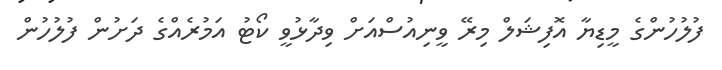
ފުލުހުންގެ މީޑިޔާ އޮފިޝަލް މިރޭ ވީނިއުސްއަށް ވިދާޅުވީ ކޯޓު އަމުރެއްގެ ދަށުން ފުލުހުން